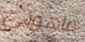
ماهوني